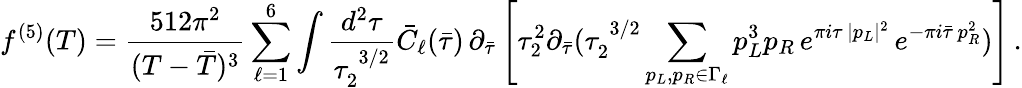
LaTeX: f^{(5)}(T)={\frac{512\pi^{2}}{(T-{\bar{T}})^{3}}}\sum_{\ell=1}^{6}\int\frac{d^{2}\tau}{\tau_{2}^{\; 3/2}}\bar{C}_{\ell}(\bar{\tau})\, \partial_{\bar{\tau}}\left[\tau_{2}^{2}\partial_{\bar{\tau}}(\tau_{2}^{\; 3/2}\sum_{p_{L},p_{R}\in\Gamma_{\ell}}p_{L}^{3}{p}_{R}\, e^{\pi i\tau\, |p_{L}|^{2}}\, e^{-\pi i\bar{\tau}\, p_{R}^{2}})\right]\, .